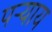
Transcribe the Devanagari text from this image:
पऱ्याय